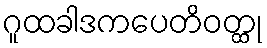
ဂူထခါဒကပေတိဝတ္ထု